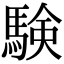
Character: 験